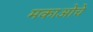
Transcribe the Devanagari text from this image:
मकाओचे